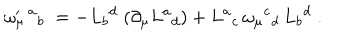
\omega _ { \mu } ^ { \prime } { \, } ^ { a } { } _ { b } \; = - L { } _ { b } { } ^ { d } \; ( \partial _ { \mu } L ^ { a } { } _ { d } ) + L ^ { a } { } _ { c } \, \omega _ { \mu } { } ^ { c } { } _ { d } \, L _ { b } { } ^ { d } \; .